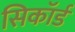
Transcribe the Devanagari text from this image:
सिकॉर्ड